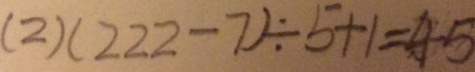
( 2 ) ( 2 2 2 - 7 ) \div 5 + 1 = 4 5